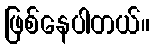
ဖြစ်နေပါတယ်။